Riigikantselei, lk 409
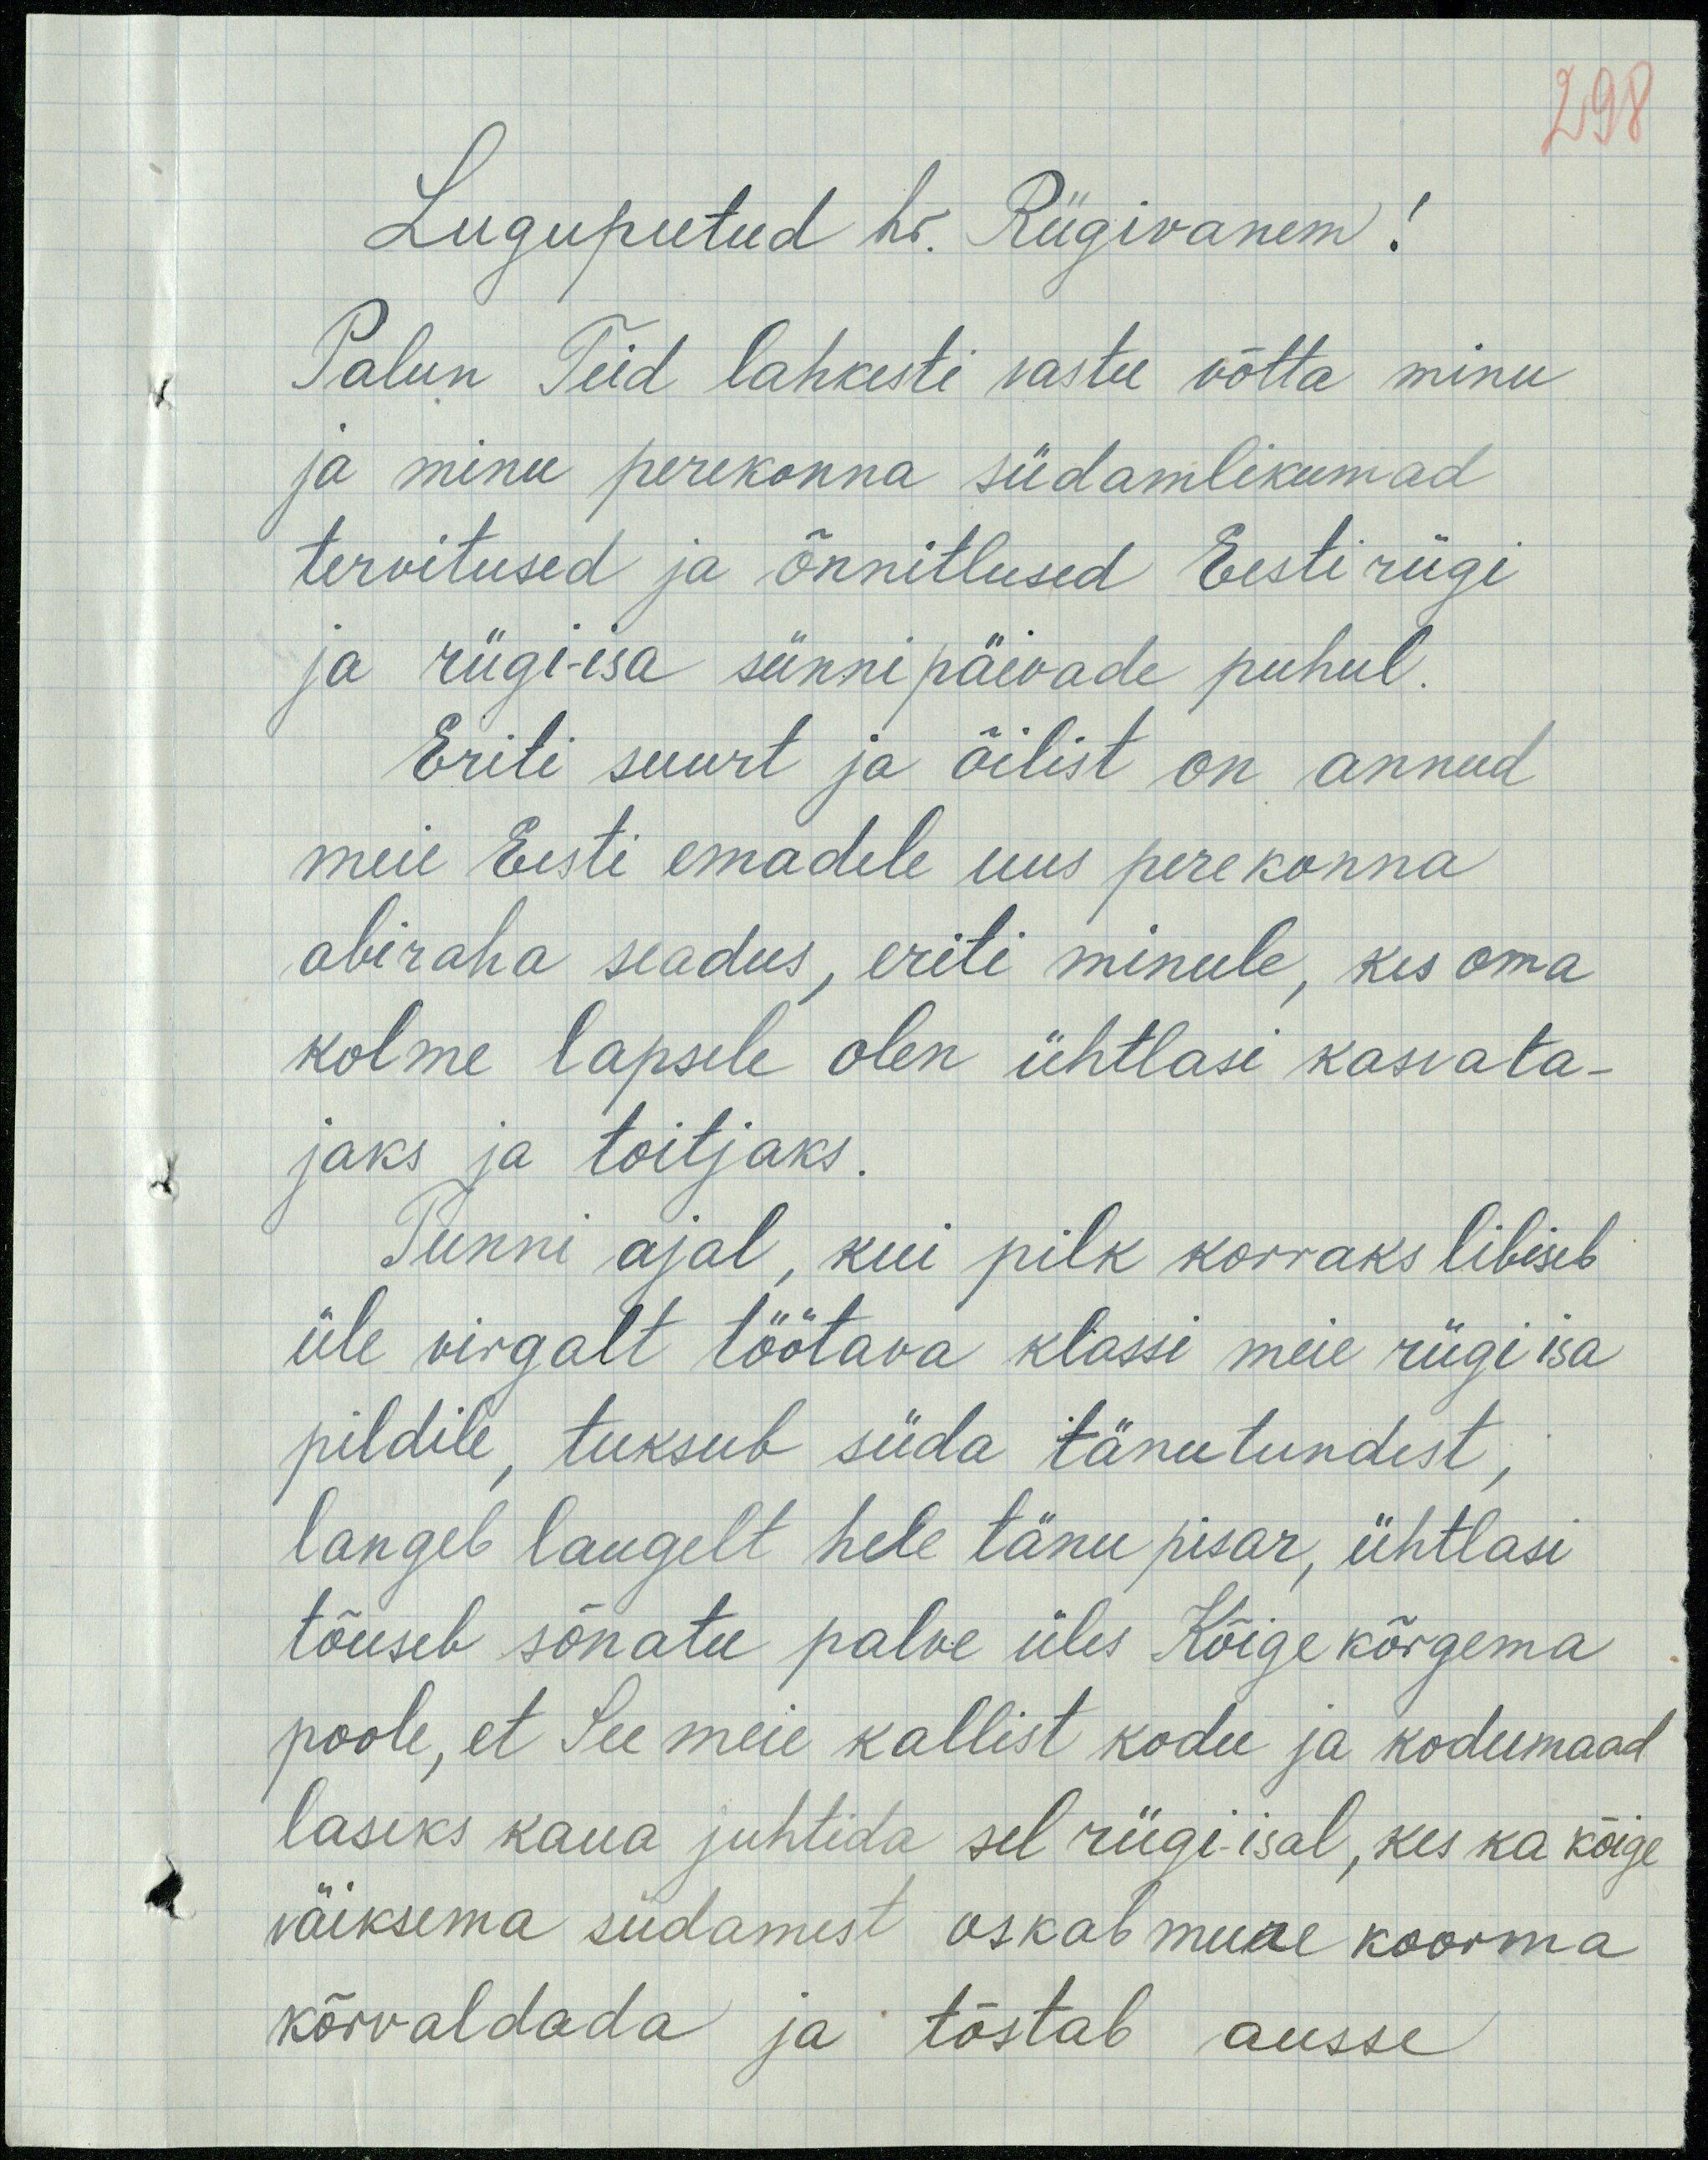
298
Lugupeetud hr. Riigivanem!
Palun Teid lahkesti vastu võtta minu
ja minu perekonna südamlikumad
tervitused ja õnnitlused Eesti riigi
ja riigi-isa sünnipäivade puhul.
Eriti suurt ja õilist on annud
meie Eesti emadele uus perekonna
abiraha seadus, eriti minule, kes oma
kolme lapsele olen ühtlasi kasvata-
jaks ja toitjaks.
Tunni ajal, kui pilk korraks libiseb
üle virgalt töötava klassi meie riigi isa
pildile, tuksub süda tänutundest,
langeb laugelt hele tänu pisar, ühtlasi
tõuseb sõnatu palve üles Kõige kõrgema
poole, et See meie kallist kodu ja kodumaad
laseks kaua juhtida sul riigi-isal, kes ka kõige
väiksema südamest oskab mure koorma
kõrvaldada ja tõstab ausse